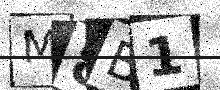
Text: M8B1